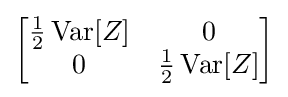
{\begin{bmatrix}{\frac {1}{2}}\operatorname {Var} [Z]&0\\0&{\frac {1}{2}}\operatorname {Var} [Z]\end{bmatrix}}